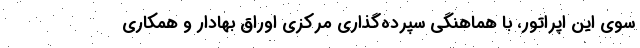
سوی این اپراتور، با هماهنگی سپرده‌گذاری مرکزی اوراق بهادار و همکاری